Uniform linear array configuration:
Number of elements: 32
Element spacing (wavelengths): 1
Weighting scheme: exponential
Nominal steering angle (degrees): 45
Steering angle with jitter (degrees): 44.538
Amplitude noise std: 0.05
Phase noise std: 0.05

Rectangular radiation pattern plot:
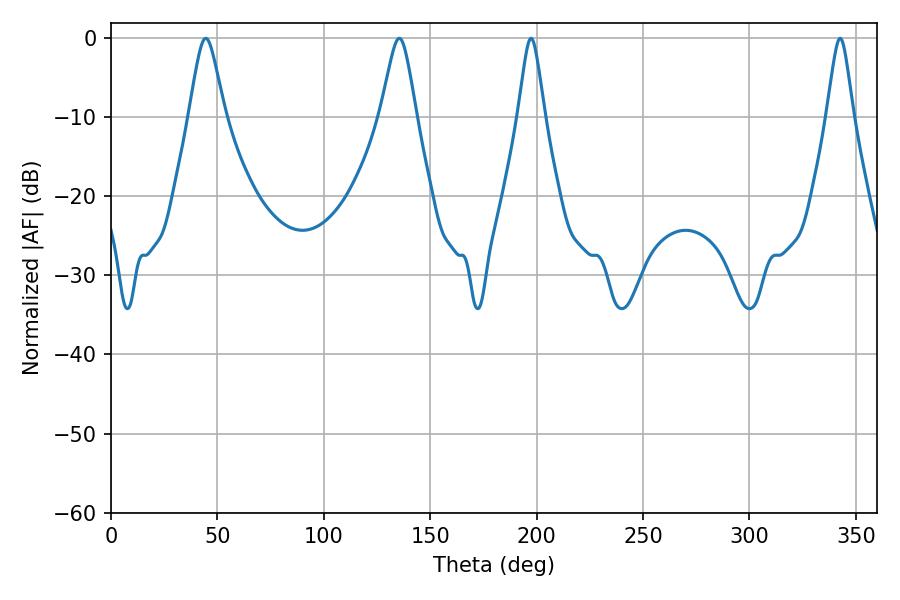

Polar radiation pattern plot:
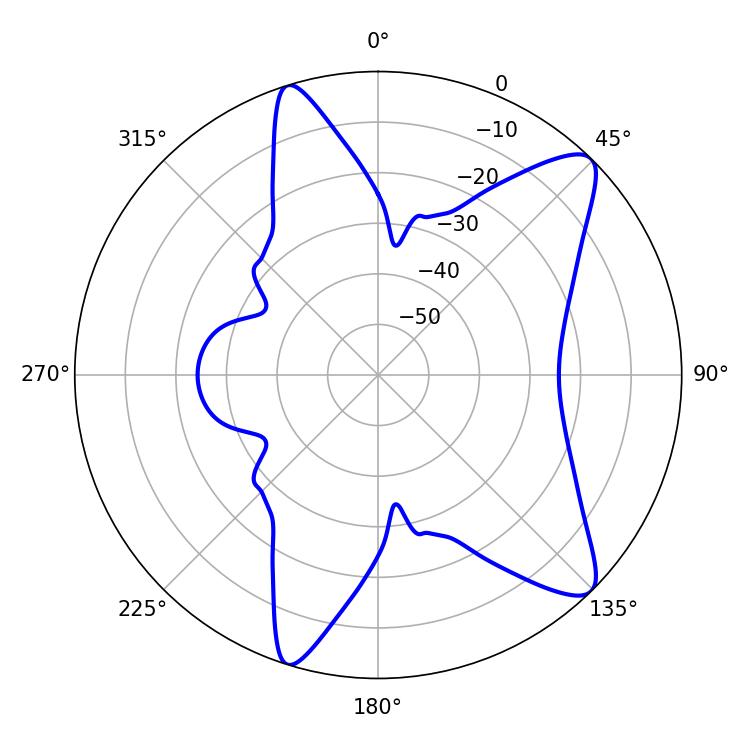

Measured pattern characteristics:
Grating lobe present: TRUE
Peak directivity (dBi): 10.672
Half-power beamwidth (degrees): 7.92
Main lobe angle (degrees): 44.46